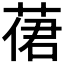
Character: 𦴨